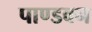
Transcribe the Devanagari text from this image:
पाण्डवन